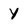
Character: y